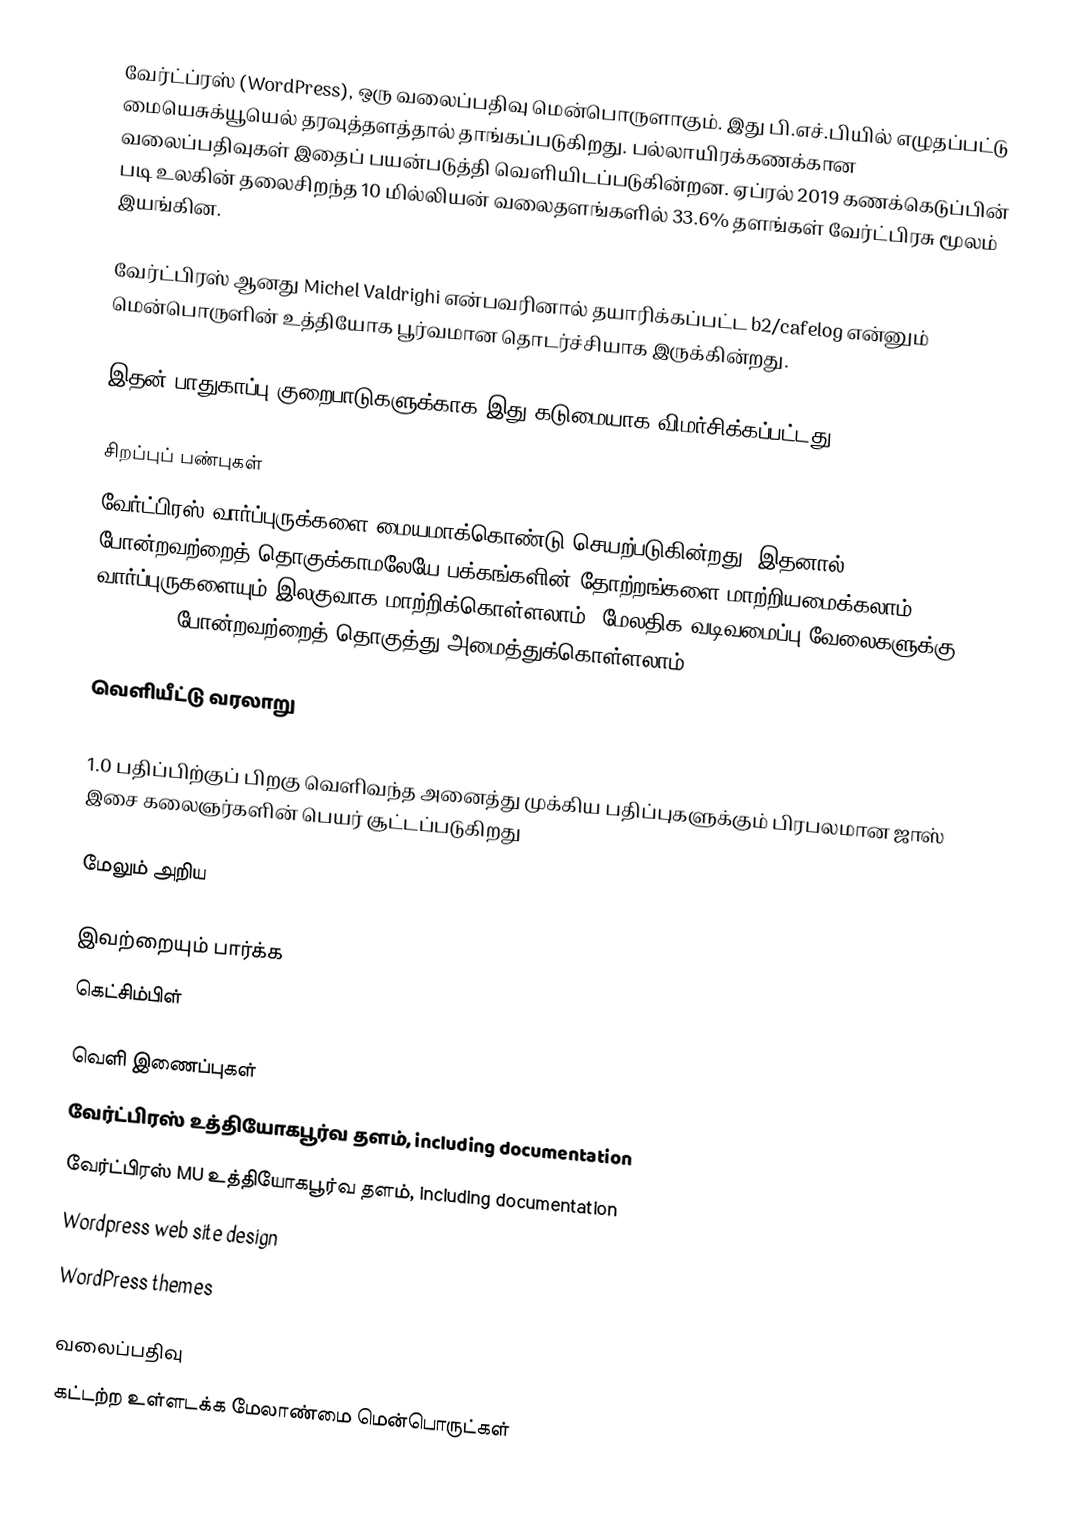
வேர்ட்ப்ரஸ் (WordPress), ஒரு வலைப்பதிவு மென்பொருளாகும். இது பி.எச்.பியில் எழுதப்பட்டு மையெசுக்யூயெல் தரவுத்தளத்தால் தாங்கப்படுகிறது. பல்லாயிரக்கணக்கான வலைப்பதிவுகள் இதைப் பயன்படுத்தி வெளியிடப்படுகின்றன. ஏப்ரல் 2019 கணக்கெடுப்பின் படி உலகின் தலைசிறந்த 10 மில்லியன் வலைதளங்களில் 33.6% தளங்கள் வேர்ட்பிரசு மூலம் இயங்கின.

வேர்ட்பிரஸ் ஆனது Michel Valdrighi என்பவரினால் தயாரிக்கப்பட்ட b2/cafelog என்னும் மென்பொருளின் உத்தியோக பூர்வமான தொடர்ச்சியாக இருக்கின்றது.

இதன் பாதுகாப்பு குறைபாடுகளுக்காக இது கடுமையாக விமர்சிக்கப்பட்டது.

சிறப்புப் பண்புகள்
வேர்ட்பிரஸ் வார்ப்புருக்களை மையமாக்கொண்டு செயற்படுகின்றது, இதனால் HTML, PHP போன்றவற்றைத் தொகுக்காமலேயே பக்கங்களின் தோற்றங்களை மாற்றியமைக்கலாம். வார்ப்புருகளையும் இலகுவாக மாற்றிக்கொள்ளலாம். மேலதிக வடிவமைப்பு வேலைகளுக்கு HTML, PHP போன்றவற்றைத் தொகுத்து அமைத்துக்கொள்ளலாம்.

வெளியீட்டு வரலாறு

1.0 பதிப்பிற்குப் பிறகு வெளிவந்த அனைத்து முக்கிய பதிப்புகளுக்கும் பிரபலமான ஜாஸ் இசை கலைஞர்களின் பெயர் சூட்டப்படுகிறது

மேலும் அறிய

இவற்றையும் பார்க்க
கெட்சிம்பிள்

வெளி இணைப்புகள்
 வேர்ட்பிரஸ் உத்தியோகபூர்வ தளம், including documentation
 வேர்ட்பிரஸ் MU உத்தியோகபூர்வ தளம், including documentation
Wordpress web site design
 WordPress themes

வலைப்பதிவு
கட்டற்ற உள்ளடக்க மேலாண்மை மென்பொருட்கள்